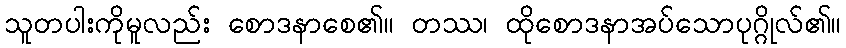
သူတပါးကိုမူလည်း စောဒနာစေ၏။ တဿ၊ ထိုစောဒနာအပ်သောပုဂ္ဂိုလ်၏။